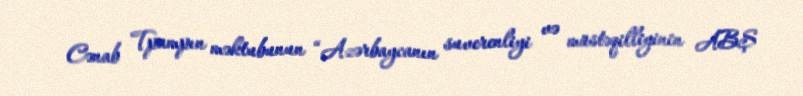
Cənab Tpampın məktubunun “Azərbaycanın suverenliyi və müstəqilliyinin ABŞ